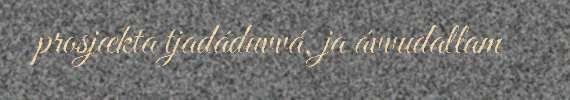
prosjækta tjadáduvvá, ja ávvudallam